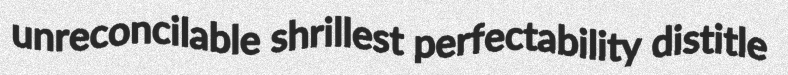
unreconcilable shrillest perfectability distitle